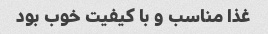
غذا مناسب و با کیفیت خوب بود